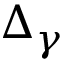
\Delta _ { \gamma }